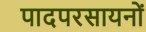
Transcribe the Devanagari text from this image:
पादपरसायनों